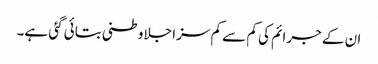
ان کے جرائم کی کم سے کم سزا جلاوطنی بتائی گئی ہے۔